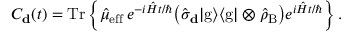
C _ { \mathbf { d } } ( t ) = \mathrm { T r } \left\lbrace \hat { \mu } _ { \mathrm { e f f } } \, { e } ^ { - i \hat { H } t / \hbar } \big ( \hat { \sigma } _ { \mathbf { d } } { | } \mathrm { g } \rangle \langle { \mathrm { g } } | \otimes \hat { \rho } _ { \mathrm { B } } \big ) e ^ { i \hat { H } t / \hbar } \right\rbrace .